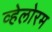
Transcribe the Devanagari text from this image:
व्हेलोरम